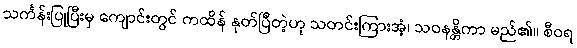
သင်္ကန်းပြုပြီးမှ ကျောင်းတွင် ကထိန် နုတ်ပြီတဲ့ဟု သတင်းကြားအံ့၊ သဝနန္တိကာ မည်၏။ စီဝရ